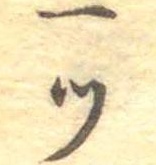
一つ